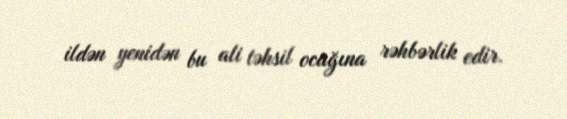
ildən yenidən bu ali təhsil ocağına rəhbərlik edir.